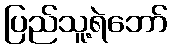
ပြည်သူ့ရဲဘော်